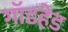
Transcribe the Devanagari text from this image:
गॉडहेड